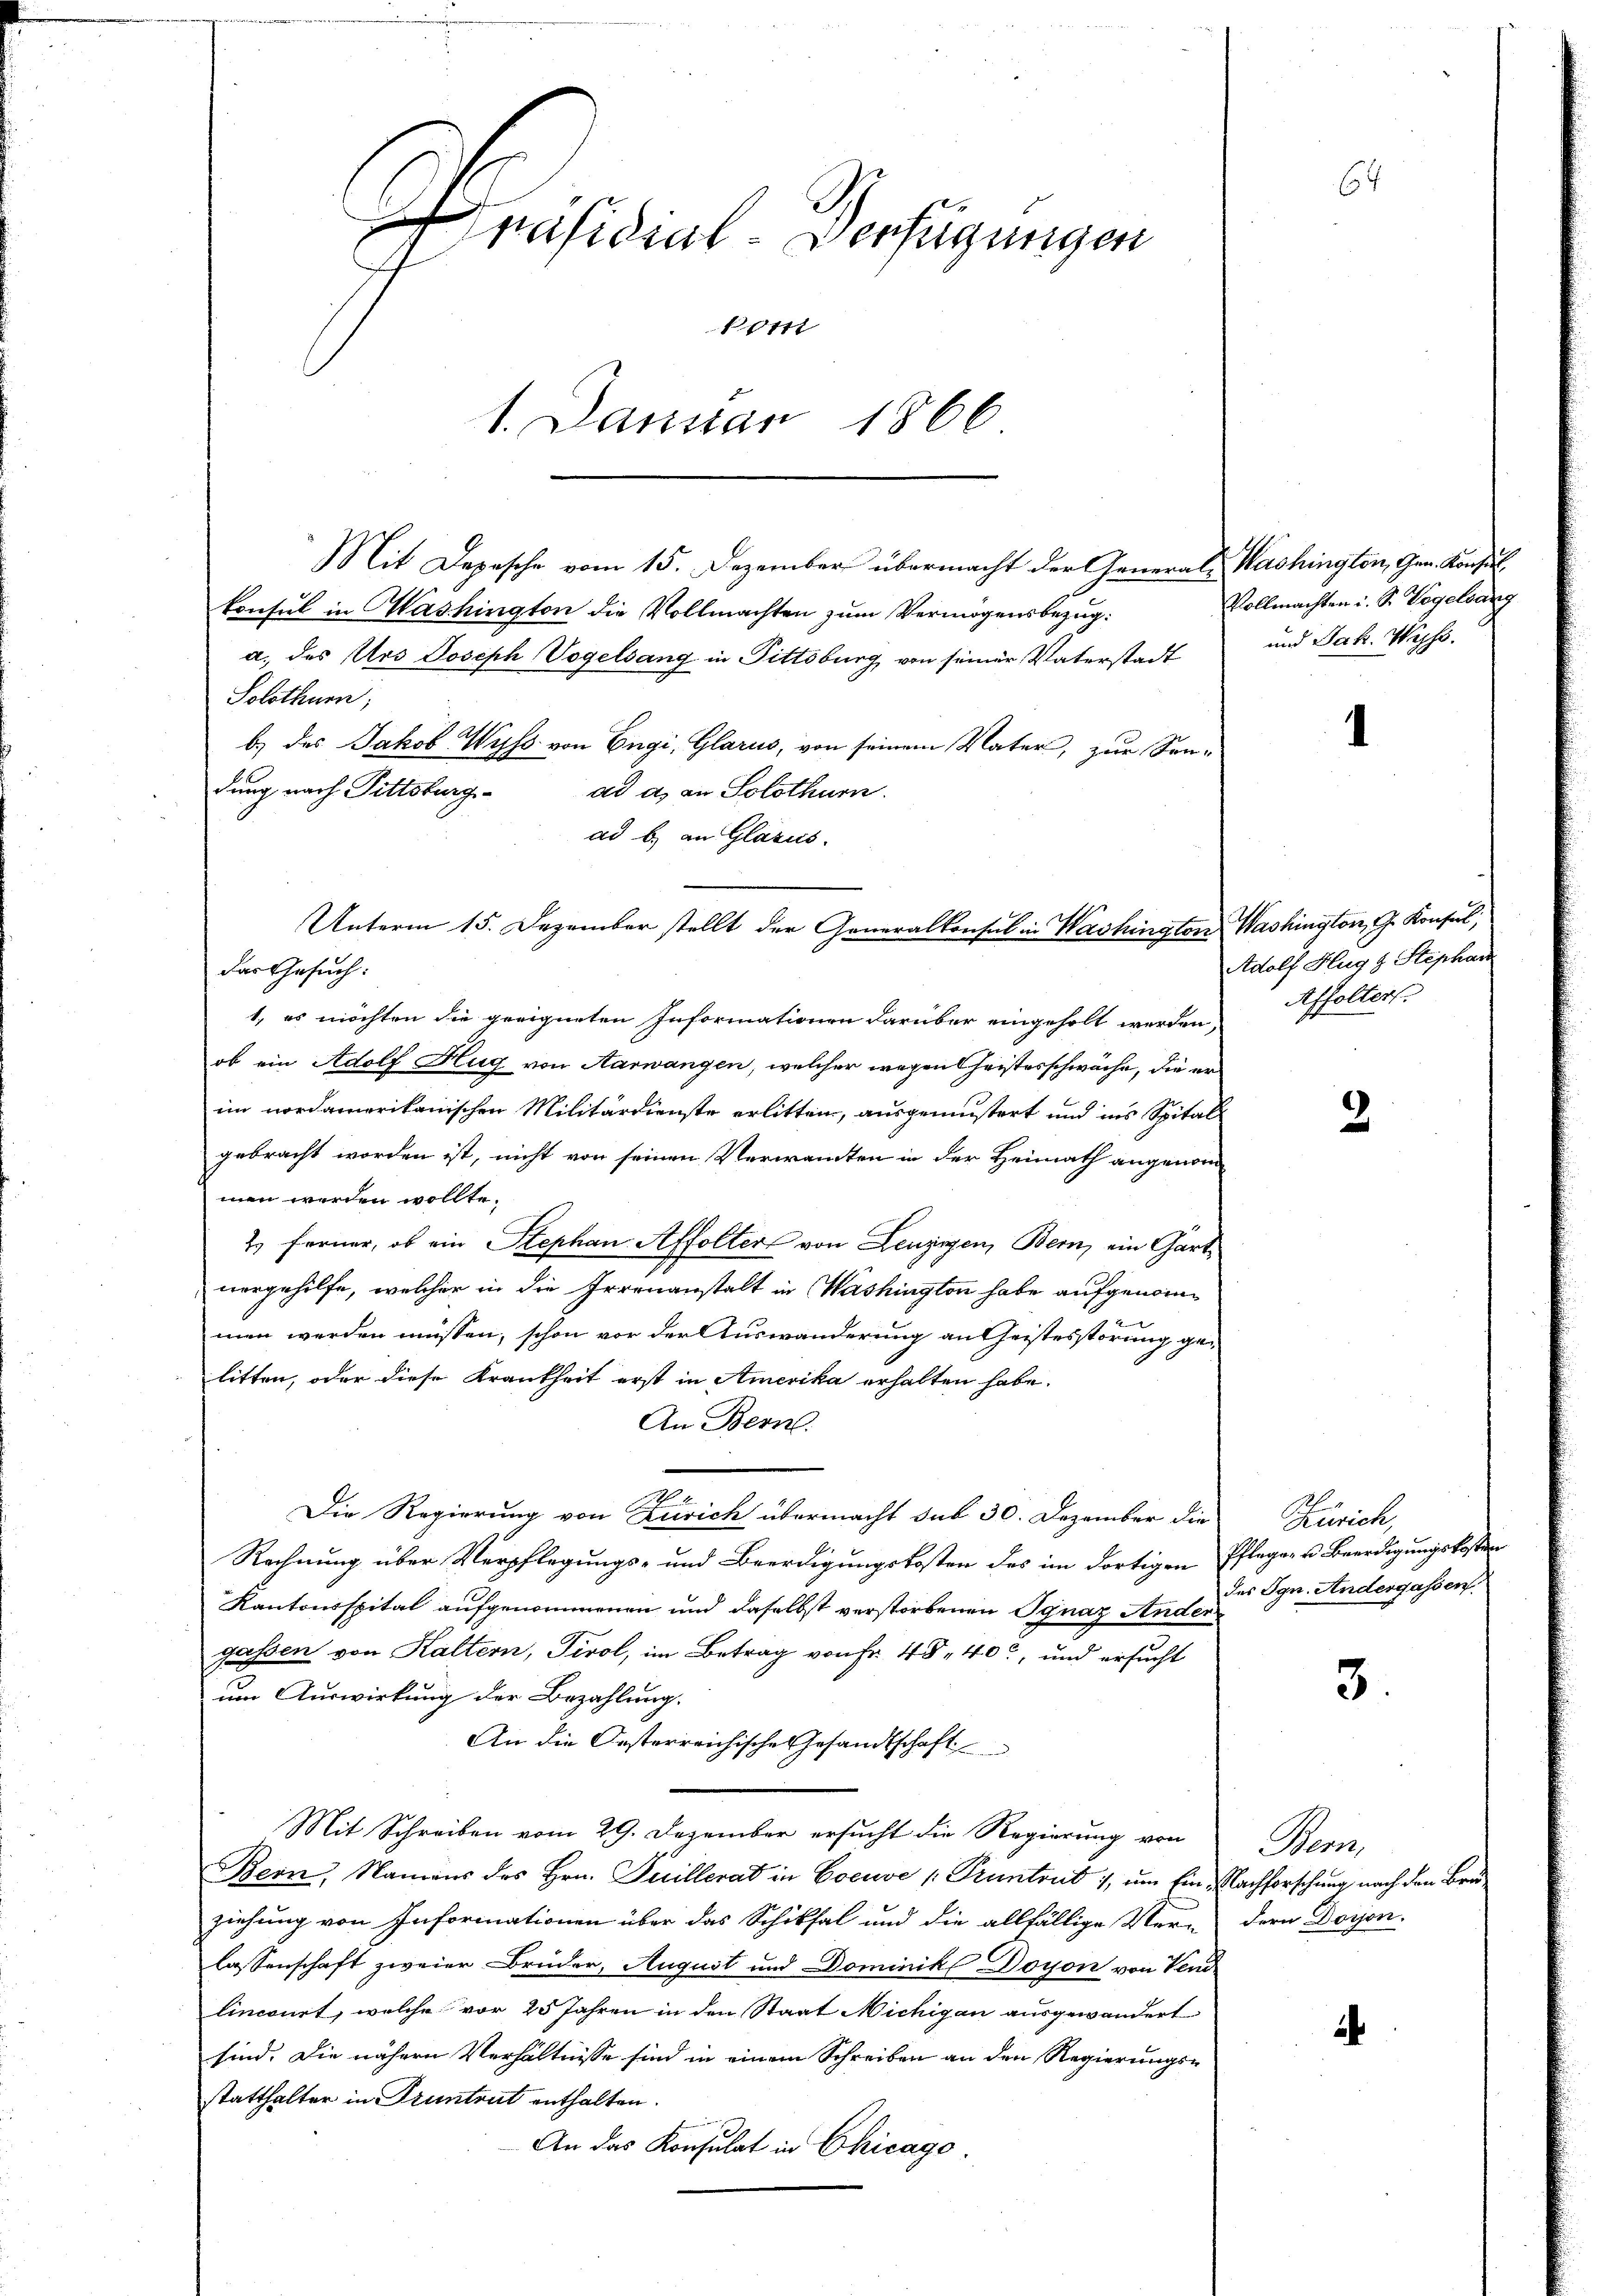
Präsidial-Verfügungen
korn
1. Januar 1866

Mit Depesche vom 15. Dezember übermacht der Generals Washington, Gen. Konsul
konsul in Washington die Vollmachten zum Vermögensbezug:
a. des Urs Joseph Vogelsang in Pittsburg von seiner Vaterstadt
Solothurn,
b.) des Jakob Wyss von Engi, Glarus, von seinem Vater, zur Son-
dung nach Pittsburg
ad a. an Solothurn.
ad b) an Glarus.
das Gesuch:
1. es möchten die geeigneten Informationen darüber eingeholt werden,
ob ein Adolf Hug von Aarwangen, welcher wegen Geistesschwäche, die er
im nordamerikanischen Militärdienste erlitten, ausgemestert und ins Spital
gebracht worden ist, nicht von seinen Verwanten in der Heimath angenommen werden wollte.
t. Ferner, ob ein Stephan Affolter von Leuzigen, Bern, ein Gartnergehilfe, welcher in die Irrenanstalt in Washington habe aufgenom¬
4
men werden müssen, schon vor der Auswanderung an Geistesstörung gelitten, oder diese Krankheit erst in Amerika erhalten habe.
An Bern.
 2
Die Regierung von Zürich übermacht sub 30. Dezember die
Rechnung über Verpflegungs- und Beerdigungskosten des im dortigen Pflegen u. Beerdigungskosten
Kantonsspital aufgenommenen und daselbst verstorbenen Ignaz Ander
gassen von Kaltern, Tirol, im Betrag von Fr. 48, 40, und ersucht
um Auswirkung der Bezahlung.
An die Oesterreichische Gesandtschaft
Mit Schreiben vom 29. Dezember ersucht die Regierung von
Bern, Namens des Hrn. Juillerat in Coeuve [Pruntrut 1, um Ein Nachforschung nach den Bruziehung von Informationen über das Schiksal und die allfällige Ver- dern Doijon.
lassenschaft zweier Bruder, August und Dominik Doyon von Vend
lincourt, welche vor 25 Jahren in den Staat Nichigan ausgewandert
sind. Die nähern Verhältnisse sind in einem Schreiben an den Regierungsstatthalter in Truntrut enthalten.
An das Konsulat in Chicago

Unterm 15. Dezember stellt der Generalkonsul in Washington Washington, G. Konsul,

64

Vollmachten u. S. Vögelsang
und Jak. Wyss.

1

Adolf Hug & Stephan
Affolter

2

Zürich,
des Ign. Andergassen.

3.

Bem,

.